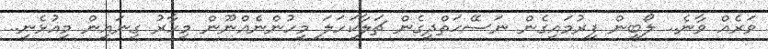
ވަރެއް ވާނެ.. ލޯބިން ފިރުމައިގެން ނަސޭޙަތްދީގެން ޗަލާކަހަލަ މީހުންނެއްނޫން މިހާރު ގިނައިން މިއުޅެނީ..